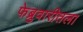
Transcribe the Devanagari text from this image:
फेब्रुवारीतला